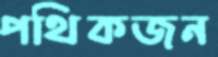
পথিকজন